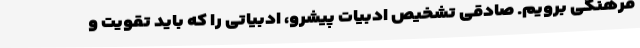
فرهنگی برویم. صادقی تشخیص ادبیات پیشرو، ادبیاتی را که باید تقویت و